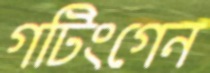
গটিংগেন